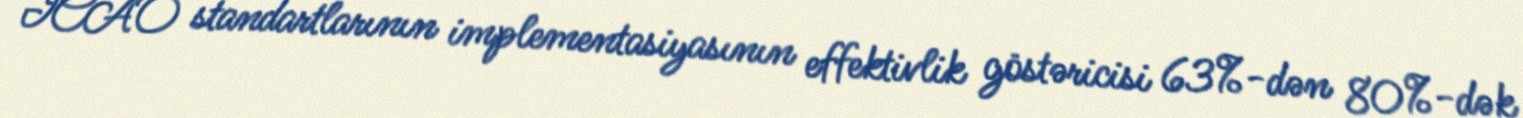
ICAO standartlarının implementasiyasının effektivlik göstəricisi 63%-dən 80%-dək